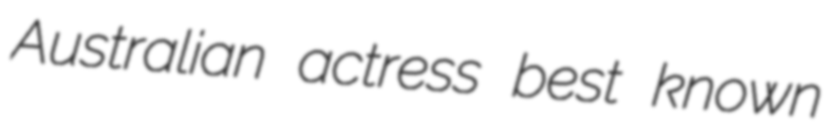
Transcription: Australian actress best known